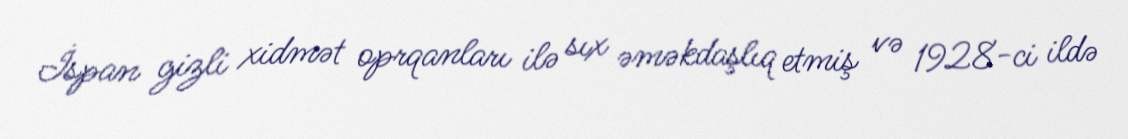
İspan gizli xidmət oprqanları ilə sıx əməkdaşlıq etmiş və 1928-ci ildə